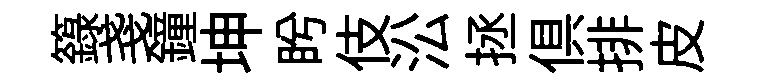
籙戔鐘坤盻伎㳂拯俱排皮